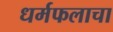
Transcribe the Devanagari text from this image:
धर्मफलाचा